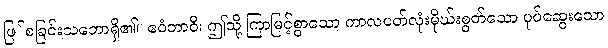
ဖြ်စခြင်းသဘောရှိ၏။ ဧဝံဘာဝီ၊ ဤသို့ ကြာမြင့်စွာသော ကာလပတ်လုံးမိုဃ်းစွတ်သော ပုပ်ဆွေးသော